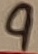
Text: 9